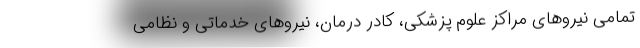
تمامی نیروهای مراکز علوم‌ پزشکی، کادر درمان، نیروهای خدماتی و نظامی